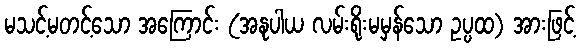
မသင့်မတင့်သော အကြောင်း (အနုပါယ လမ်းရိုးမမှန်သော ဥပ္ပထ) အားဖြင့်